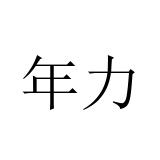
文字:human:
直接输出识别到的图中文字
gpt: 年力